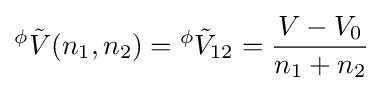
{}^{\phi }{\tilde {V}}(n_{1},n_{2})={}^{\phi }{\tilde {V}}_{12}={\frac {V-V_{0}}{n_{1}+n_{2}}}